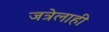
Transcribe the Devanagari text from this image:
जत्रेलाही